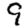
Digit: 9